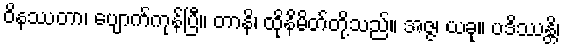
ဝိနဿတာ၊ ပျောက်ကုန်ပြီ။ တာနိ၊ ထိုနိမိတ်တို့သည်။ အဇ္ဇ၊ ယခု။ ပဒိဿန္တိ၊